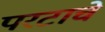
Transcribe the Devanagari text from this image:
परटाचे